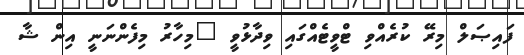
ފައިޞަލް މިރޭ ކުރެއްވި ޓްވީޓެއްގައި ވިދާޅުވީ "މިހާރު މިފެންނަނީ އިން ޝާ